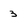
Character: 3